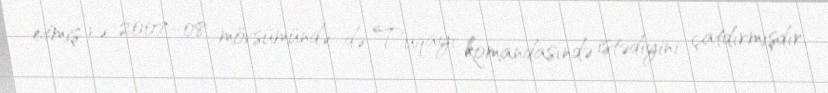
etmiş və 2007–08 mövsümündə də Tuqayı komandasındə istədiyini çatdırmışdır.